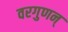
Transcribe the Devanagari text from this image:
वरगुणन्